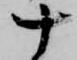
十